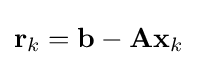
\mathbf {r} _{k}=\mathbf {b} -\mathbf {A} \mathbf {x} _{k}